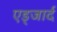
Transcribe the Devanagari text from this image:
एड्जार्द